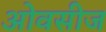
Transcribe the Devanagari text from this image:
ओवसीज